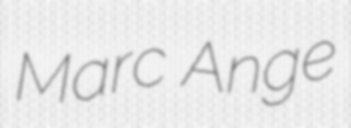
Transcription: Marc Ange